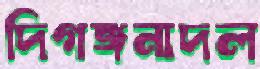
দিগঙ্গনাদল